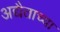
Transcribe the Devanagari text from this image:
अद्यैताच्या